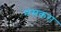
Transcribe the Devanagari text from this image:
मसकरा